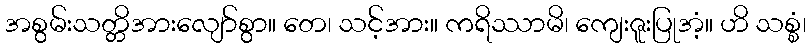
အစွမ်းသတ္တိအားလျော်စွာ။ တေ၊ သင့်အား။ ကရိဿာမိ၊ ကျေးဇူးပြုအံ့။ ဟိ သစ္စံ၊